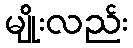
မျိုးလည်း